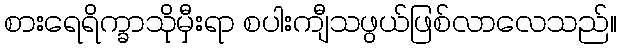
စားရေရိက္ခာသိုမှီးရာ စပါးကျီသဖွယ်ဖြစ်လာလေသည်။